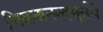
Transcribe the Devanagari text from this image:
चिद्घनानन्दमूर्तये